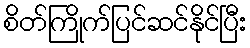
စိတ်ကြိုက်ပြင်ဆင်နိုင်ပြီး